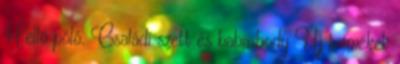
Helló póló. Családi szett és baba body Új termékek